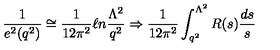
\frac { 1 } { e ^ { 2 } ( q ^ { 2 } ) } \cong \frac { 1 } { 1 2 \pi ^ { 2 } } \ell n \frac { \Lambda ^ { 2 } } { q ^ { 2 } } \Rightarrow \frac { 1 } { 1 2 \pi ^ { 2 } } \int _ { q ^ { 2 } } ^ { \Lambda ^ { 2 } } R ( s ) \frac { d s } { s }